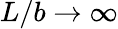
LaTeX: L/b\rightarrow\infty